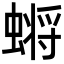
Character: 𮔬